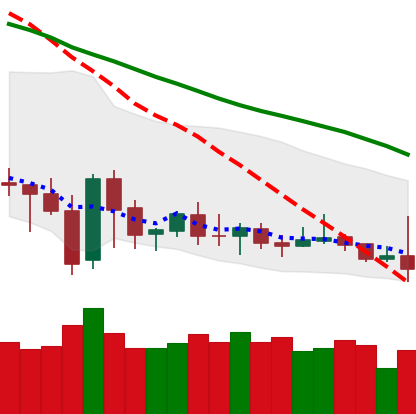
Ticker: DOGE-USD
Chart end date: 2020-01-02
Forward return: 21.105%
Label: up_7plus